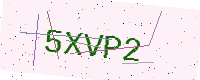
Text: 5XVP2